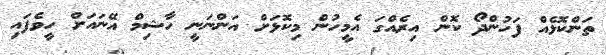
ތަންކޮޅެއް ފަހުންދޯ ކޮން އިރެއްގަ އެމީހުން މިކޮޅަށް އަންނަނީ ހާޝިމް އޭނައަށް ހީވެފައި